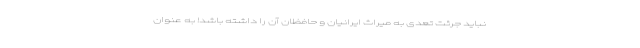
نباید جرئت تعدی به میراث ایرانیان و حافظان آن را داشته باشد! به عنوان